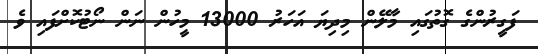
ފަގީރުންގެ ގޮތުގައި މާލޭން މިދިޔަ އަހަރު 13000 މީހުން ނަން ނޯޓުކޮށްފައި ވެ